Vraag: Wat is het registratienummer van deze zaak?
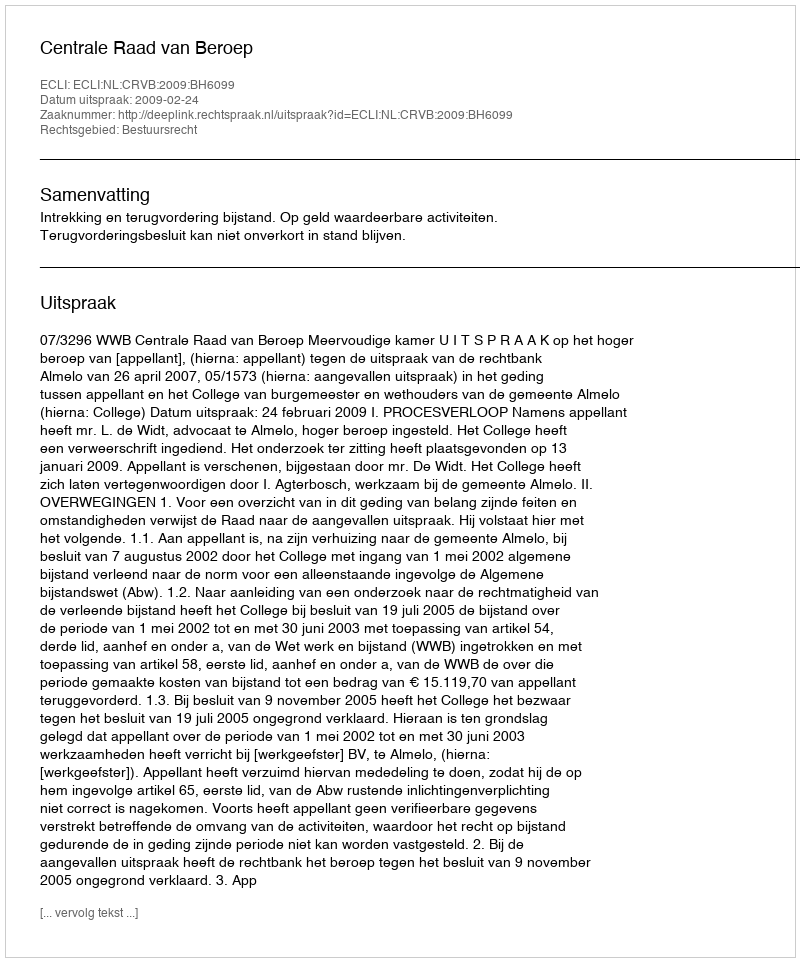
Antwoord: http://deeplink.rechtspraak.nl/uitspraak?id=ECLI:NL:CRVB:2009:BH6099